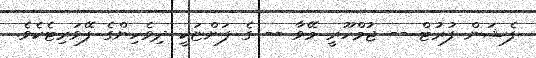
ފެޝަން ފުރުޓް -- ޖުމްހޫރީ މޭވާ -- ގެ ފަންޏަކީ ދިވެހިންގެ ފޭވަރިޓެކެވެ.